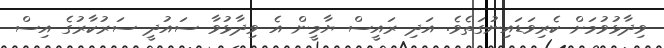
ވިދާޅުވުމަށް ކެރިވަޑައިނުގަތެވެ. އަދި ރައީސް ޔާމީން އެ ވިދާޅުވާ ސައުދީ ސަރުކާރުގެ އިސް